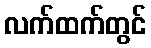
လက်ထက်တွင်